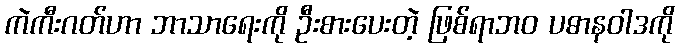
ကဲကီးဂတ်ဟာ ဘာသာရေးကို ဦးစားပေးတဲ့ ဖြစ်ရာဘဝ ပဓာနဝါဒကို